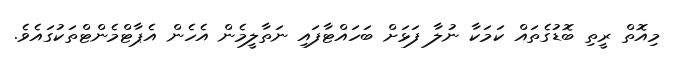
މިއޮތް ރީތި ބޮޑުގެތައް ކަމަކާ ނުލާ ފަޅަށް ބަހައްޓާފައި ނަތާލީމެން އެހެން އެޕާޓްމެންޓްތަކުގައެވެ.